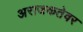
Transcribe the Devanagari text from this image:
अराजकतेवर